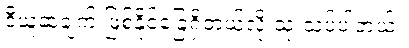
ဒီယူဆချက် ဖြစ်နိုင်ခြေရှိတယ်လို့ သုံးသပ်ပါတယ်။